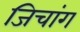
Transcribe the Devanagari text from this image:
जिचांग